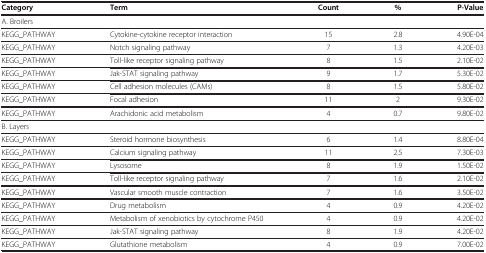
| Category | Term | Count | % | P-Value |
 | --- | --- | --- | --- | --- |
 | <COLSPAN=5> A. Broilers |
 | KEGG_PATHWAY | Cytokine-cytokine receptor interaction | 15 | 2.8 | 4.90E-04 |
 | KEGG_PATHWAY | Notch signaling pathway | 7 | 1.3 | 4.20E-03 |
 | KEGG_PATHWAY | Toll-like receptor signaling pathway | 8 | 1.5 | 2.10E-02 |
 | KEGG_PATHWAY | Jak-STAT signaling pathway | 9 | 1.7 | 5.30E-02 |
 | KEGG_PATHWAY | Cell adhesion molecules (CAMs) | 8 | 1.5 | 5.80E-02 |
 | KEGG_PATHWAY | Focal adhesion | 11 | 2 | 9.30E-02 |
 | KEGG_PATHWAY | Arachidonic acid metabolism | 4 | 0.7 | 9.80E-02 |
 | <COLSPAN=5> B. Layers |
 | KEGG_PATHWAY | Steroid hormone biosynthesis | 6 | 1.4 | 8.80E-04 |
 | KEGG_PATHWAY | Calcium signaling pathway | 11 | 2.5 | 7.30E-03 |
 | KEGG_PATHWAY | Lysosome | 8 | 1.9 | 1.50E-02 |
 | KEGG_PATHWAY | Toll-like receptor signaling pathway | 7 | 1.6 | 2.10E-02 |
 | KEGG_PATHWAY | Vascular smooth muscle contraction | 7 | 1.6 | 3.50E-02 |
 | KEGG_PATHWAY | Drug metabolism | 4 | 0.9 | 4.20E-02 |
 | KEGG_PATHWAY | Metabolism of xenobiotics by cytochrome P450 | 4 | 0.9 | 4.20E-02 |
 | KEGG_PATHWAY | Jak-STAT signaling pathway | 8 | 1.9 | 4.20E-02 |
 | KEGG_PATHWAY | Glutathione metabolism | 4 | 0.9 | 7.00E-02 |